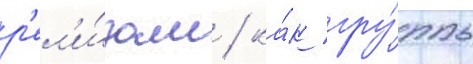
р'ел'и́зам / ка́к гру́ппы